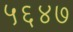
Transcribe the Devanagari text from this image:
५६४७